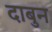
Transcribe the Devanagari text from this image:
दाबुन